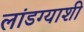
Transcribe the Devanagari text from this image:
लांडग्याशी